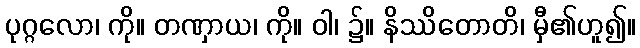
ပုဂ္ဂလော၊ ကို။ တဏှာယ၊ ကို။ ဝါ၊ ၌။ နိဿိတောတိ၊ မှီ၏ဟူ၍။